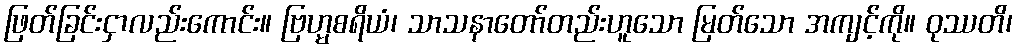
ဖြတ်ခြင်းငှာလည်းကောင်း။ ဗြဟ္မစရိယံ၊ သာသနာတော်တည်းဟူသော မြတ်သော အကျင့်ကို။ ဝုဿတိ၊